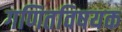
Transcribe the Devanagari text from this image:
गणितविषयक